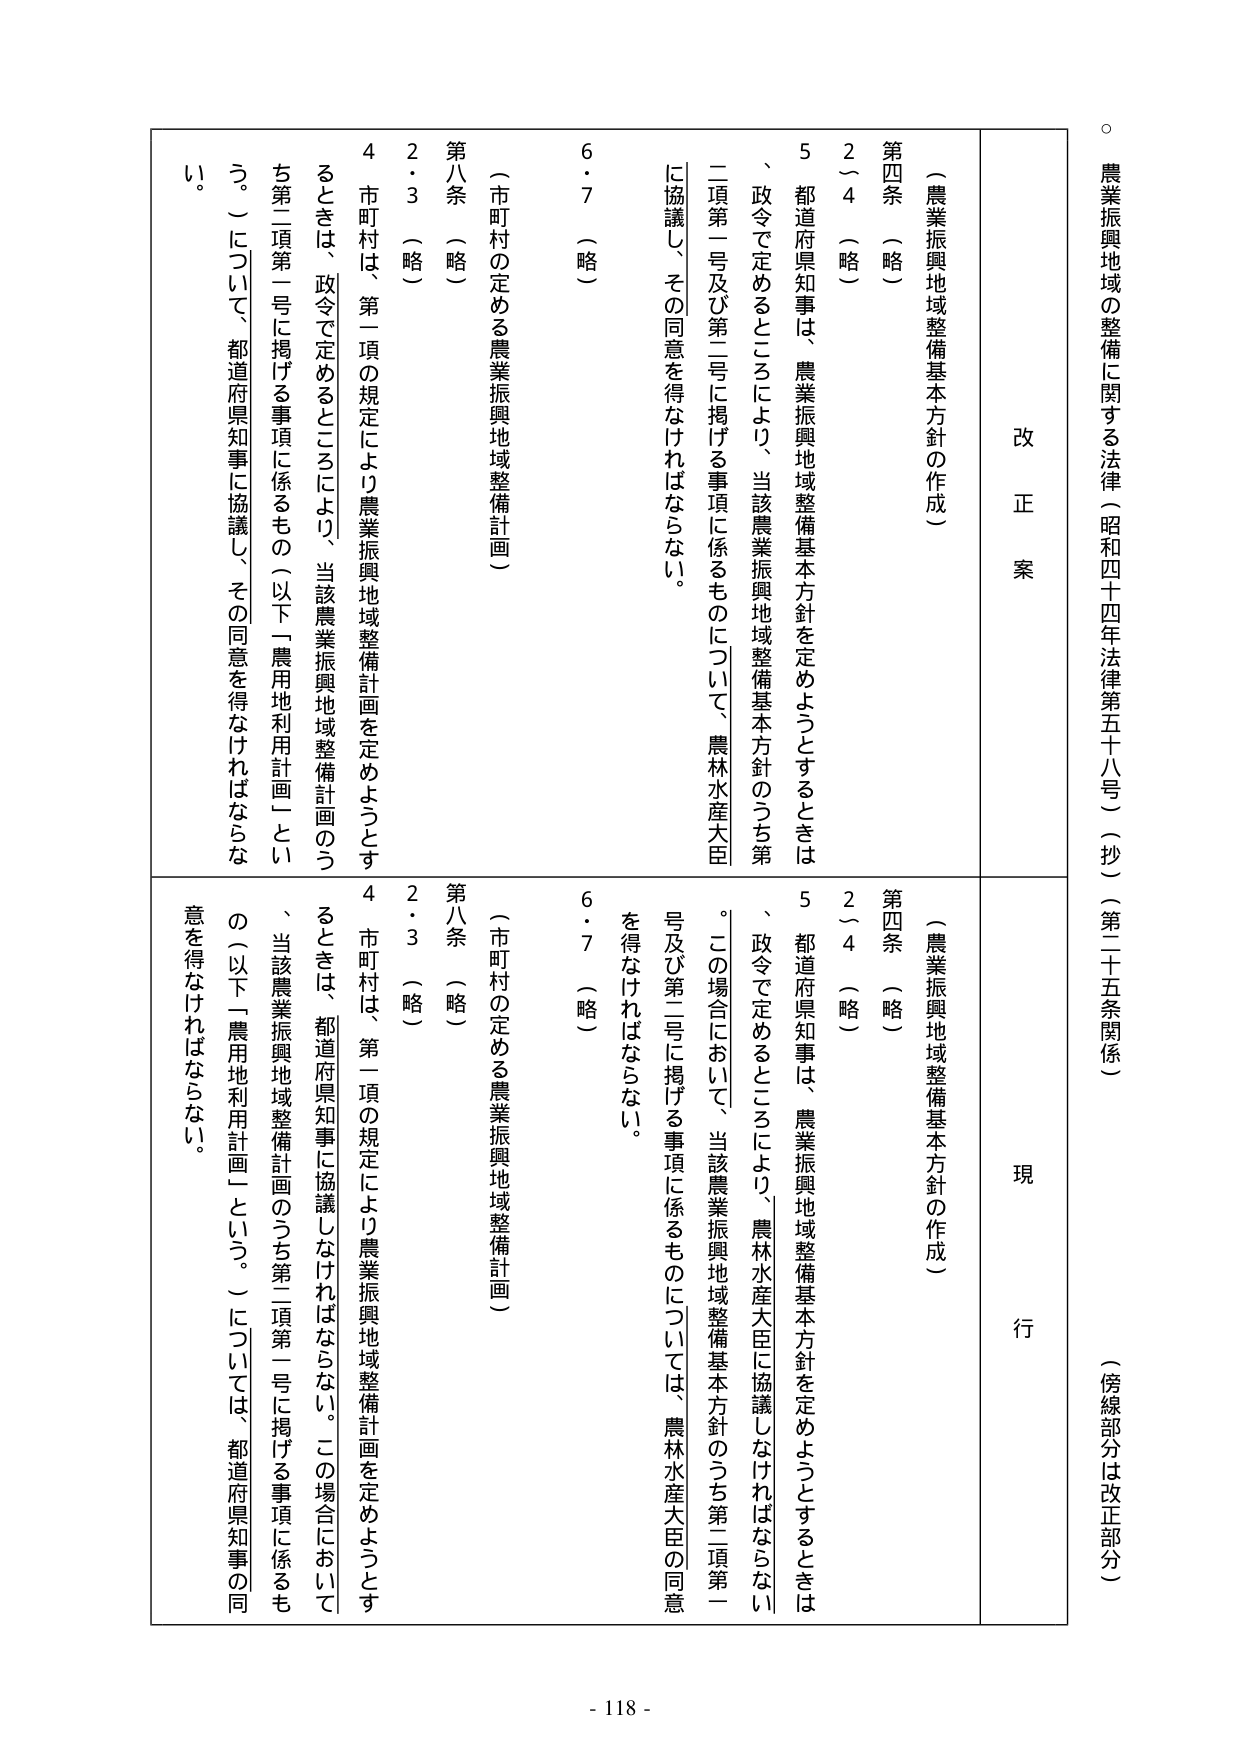
農業振興地域の整備に関する法律（昭和四十四年法律第五十八号）（抄）（第二十五条関係）（傍線部分は改正部分）

改正案
現行

（農業振興地域整備基本方針の作成）
第四条（略）
２～４（略）
５ 都道府県知事は、農業振興地域整備基本方針を定めようとするときは、政令で定めるところにより、当該農業振興地域整備基本方針のうち第二項第一号及び第二号に掲げる事項に係るものについて、農林水産大臣に協議し、その同意を得なければならない。
６・７（略）
（市町村の定める農業振興地域整備計画）
第八条（略）
２・３（略）
４ 市町村は、第一項の規定により農業振興地域整備計画を定めようとするときは、政令で定めるところにより、当該農業振興地域整備計画のうち第二項第一号に掲げる事項に係るもの（以下「農用地利用計画」という。）について、都道府県知事に協議し、その同意を得なければならない。

（農業振興地域整備基本方針の作成）
第四条（略）
２～４（略）
５ 都道府県知事は、農業振興地域整備基本方針を定めようとするときは、政令で定めるところにより、農林水産大臣に協議しなければならない。この場合において、当該農業振興地域整備基本方針のうち第二項第一号及び第二号に掲げる事項に係るものについては、農林水産大臣の同意を得なければならない。
６・７（略）
（市町村の定める農業振興地域整備計画）
第八条（略）
２・３（略）
４ 市町村は、第一項の規定により農業振興地域整備計画を定めようとするときは、都道府県知事に協議しなければならない。この場合において、当該農業振興地域整備計画のうち第二項第一号に掲げる事項に係るもの（以下「農用地利用計画」という。）については、都道府県知事の同意を得なければならない。

- 118 -